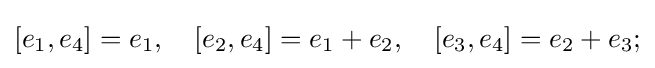
[e_{1},e_{4}]=e_{1},\quad [e_{2},e_{4}]=e_{1}+e_{2},\quad [e_{3},e_{4}]=e_{2}+e_{3};